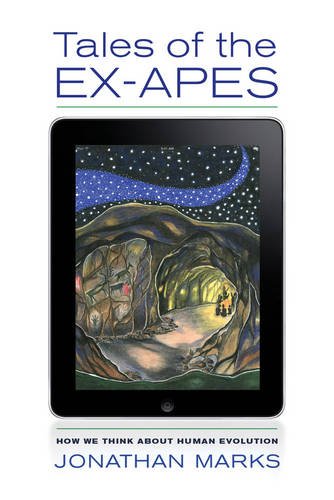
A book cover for Tales of the Ex-Apes: How We Think about Human Evolution; Jonathan Marks; Politics & Social Sciences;